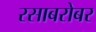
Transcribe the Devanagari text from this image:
रसाबरोबर